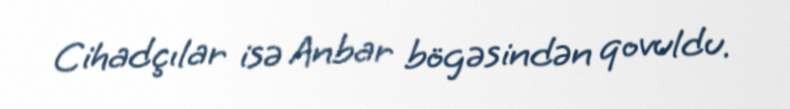
Cihadçılar isə Anbar bögəsindən qovuldu.